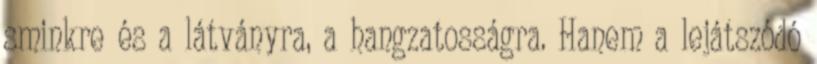
sminkre és a látványra, a hangzatosságra. Hanem a lejátszódó